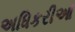
અધિકરીઓ